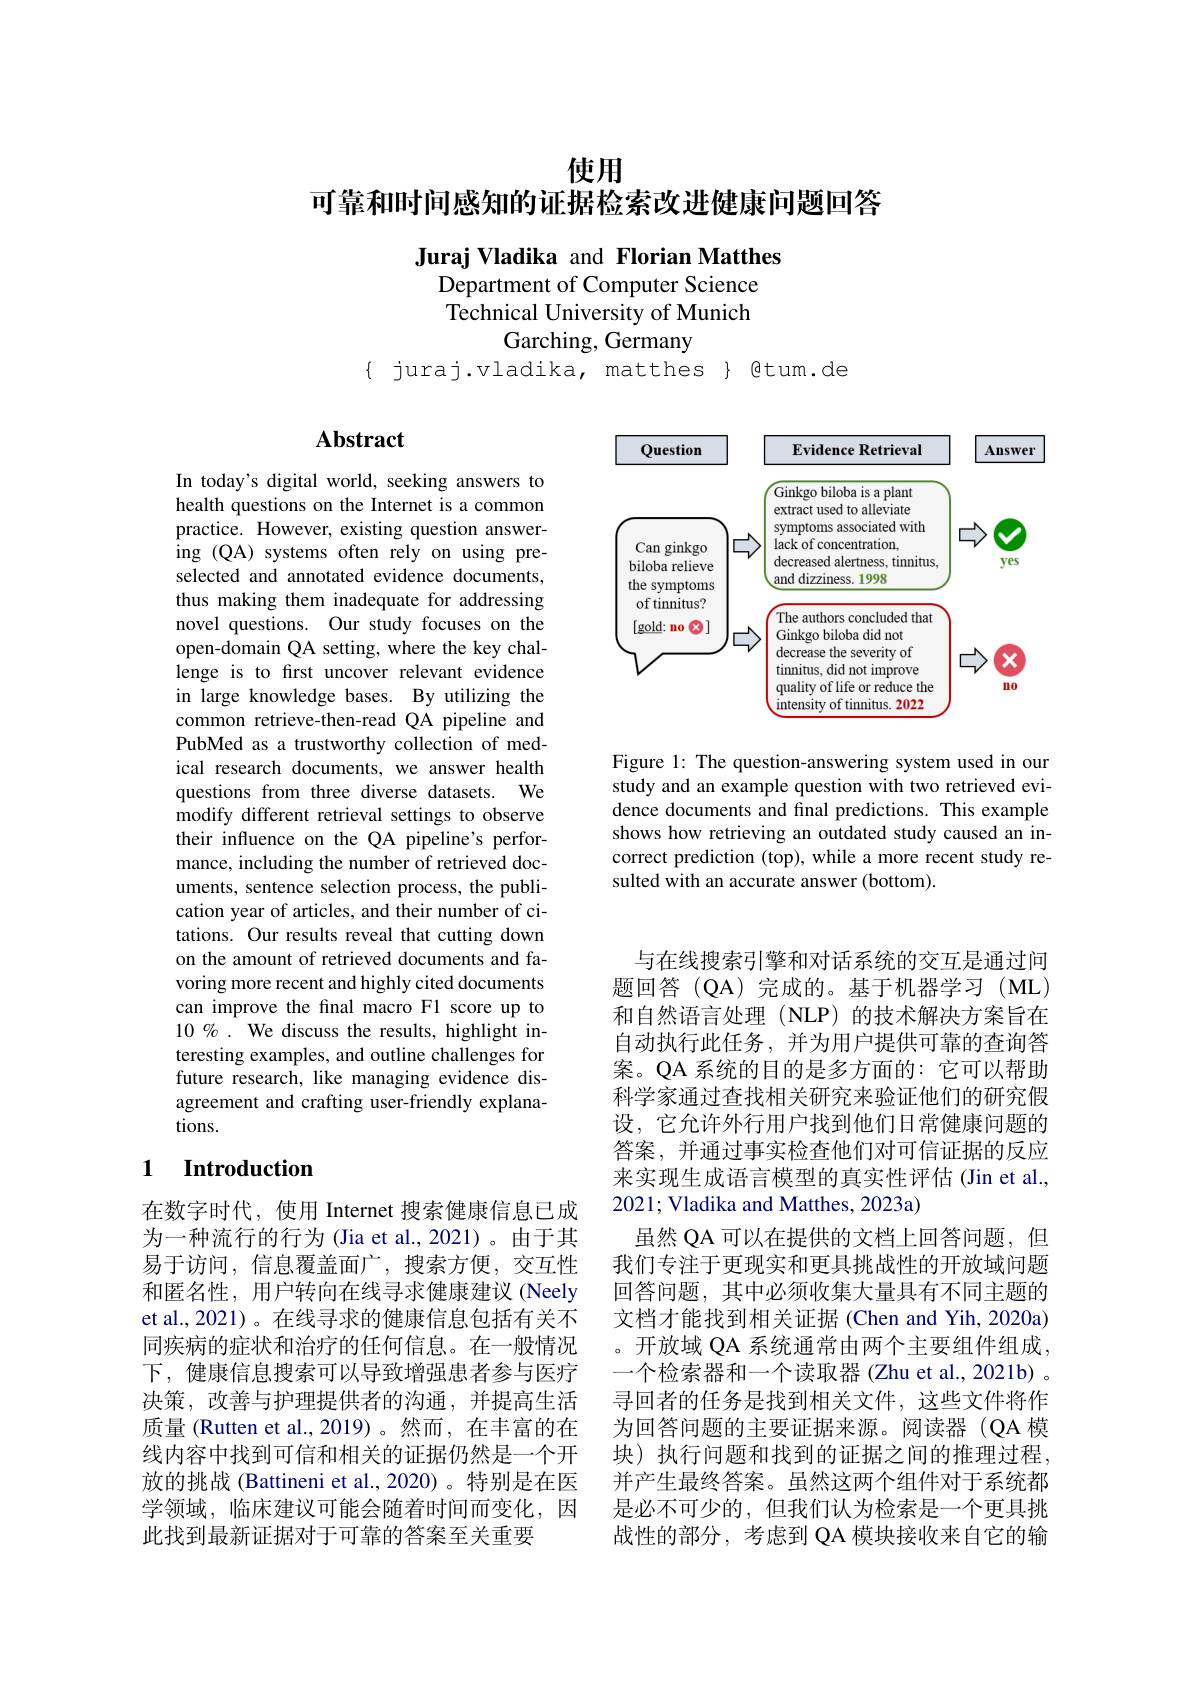
# 使用
可靠和时间感知的证据检索改进健康问题回答

Juraj Vladika and Florian Matthes

Department of Computer Science

Technical University of Munich

Garching, Germany

$\{$ juraj.vladika, matthes $\}$ gtum.de

<FigureHere>

Figure 1: The question-answering system used in our study and an example question with two retrieved evidence documents and final predictions. This example shows how retrieving an outdated study caused an incorrect prediction (top), while a more recent study resulted with an accurate answer (bottom)

## $\mathbf{Abstract}$

In today's digital world, seeking answers to health questions on the Internet is a common practice. However, existing question answering (QA) systems often rely on using preselected and annotated evidence documents, thus making them inadequate for addressing novel questions. Our study focuses on the open-domain QA setting, where the key challenge is to first uncover relevant evidence in large knowledge bases. By utilizing the common retrieve-then-read QA pipeline and PubMed as a trustworthy collection of medical research documents, we answer health questions from three diverse datasets. We modify different retrieval settings to observe their influence on the QA pipeline's performance, including the number of retrieved documents, sentence selection process, the publication year of articles, and their number of citations. Our results reveal that cutting down on the amount of retrieved documents and favoring more recent and highly cited documents can improve the final macro F1 score up to 10% . We discuss the results, highlight interesting examples, and outline challenges for future research, like managing evidence disagreement and crafting user-friendly explanations.

### 1 $\textbf{Introduction}$

在数字时代，使用 Internet 搜索健康信息已成为一种流行的行为(Jia et al.,2021)。由于其易于访问，信息覆盖面广，搜索方便，交互性和匿名性，用户转向在线寻求健康建议 (Neely et al.,2021)。在线寻求的健康信息包括有关不同疾病的症状和治疗的任何信息。在一般情况下，健康信息搜索可以导致增强患者参与医疗决策，改善与护理提供者的沟通，并提高生活质量 (Rutten et al.,2019)。然而，在丰富的在线内容中找到可信和相关的证据仍然是一个开放的挑战 (Battineni et al.,2020)。特别是在医学领域，临床建议可能会随着时间而变化，因此找到最新证据对于可靠的答案至关重要

与在线搜索引擎和对话系统的交互是通过问题回答(QA)完成的。基于机器学习(ML) 和自然语言处理(NLP)的技术解决方案旨在自动执行此任务，并为用户提供可靠的查询答案。QA 系统的目的是多方面的：它可以帮助科学家通过查找相关研究来验证他们的研究假设，它允许外行用户找到他们日常健康问题的答案，并通过事实检查他们对可信证据的反应来实现生成语言模型的真实性评估(Jin et al., 2021; Vladika and Matthes, 2023a)
虽然 QA 可以在提供的文档上回答问题，但我们专注于更现实和更具挑战性的开放域问题回答问题，其中必须收集大量具有不同主题的文档才能找到相关证据(Chen and Yih, 2020a) 。开放域 QA 系统通常由两个主要组件组成， 一个检索器和一个读取器 (Zhu et al., 2021b) 。寻回者的任务是找到相关文件，这些文件将作为回答问题的主要证据来源。阅读器(QA 模块)执行问题和找到的证据之间的推理过程， 并产生最终答案。虽然这两个组件对于系统都是必不可少的，但我们认为检索是一个更具挑战性的部分，考虑到 QA 模块接收来自它的输